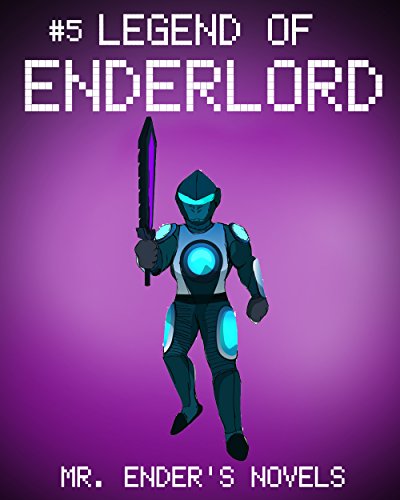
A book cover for Legend of EnderLord: Mr. Ender's Novels (ENDER SERIES #5); Mr. Ender; Children's Books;